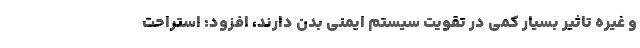
و غیره تاثیر بسیار کمی در تقویت سیستم ایمنی بدن دارند، افزود: استراحت